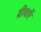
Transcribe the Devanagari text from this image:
ग्रीवाएँ